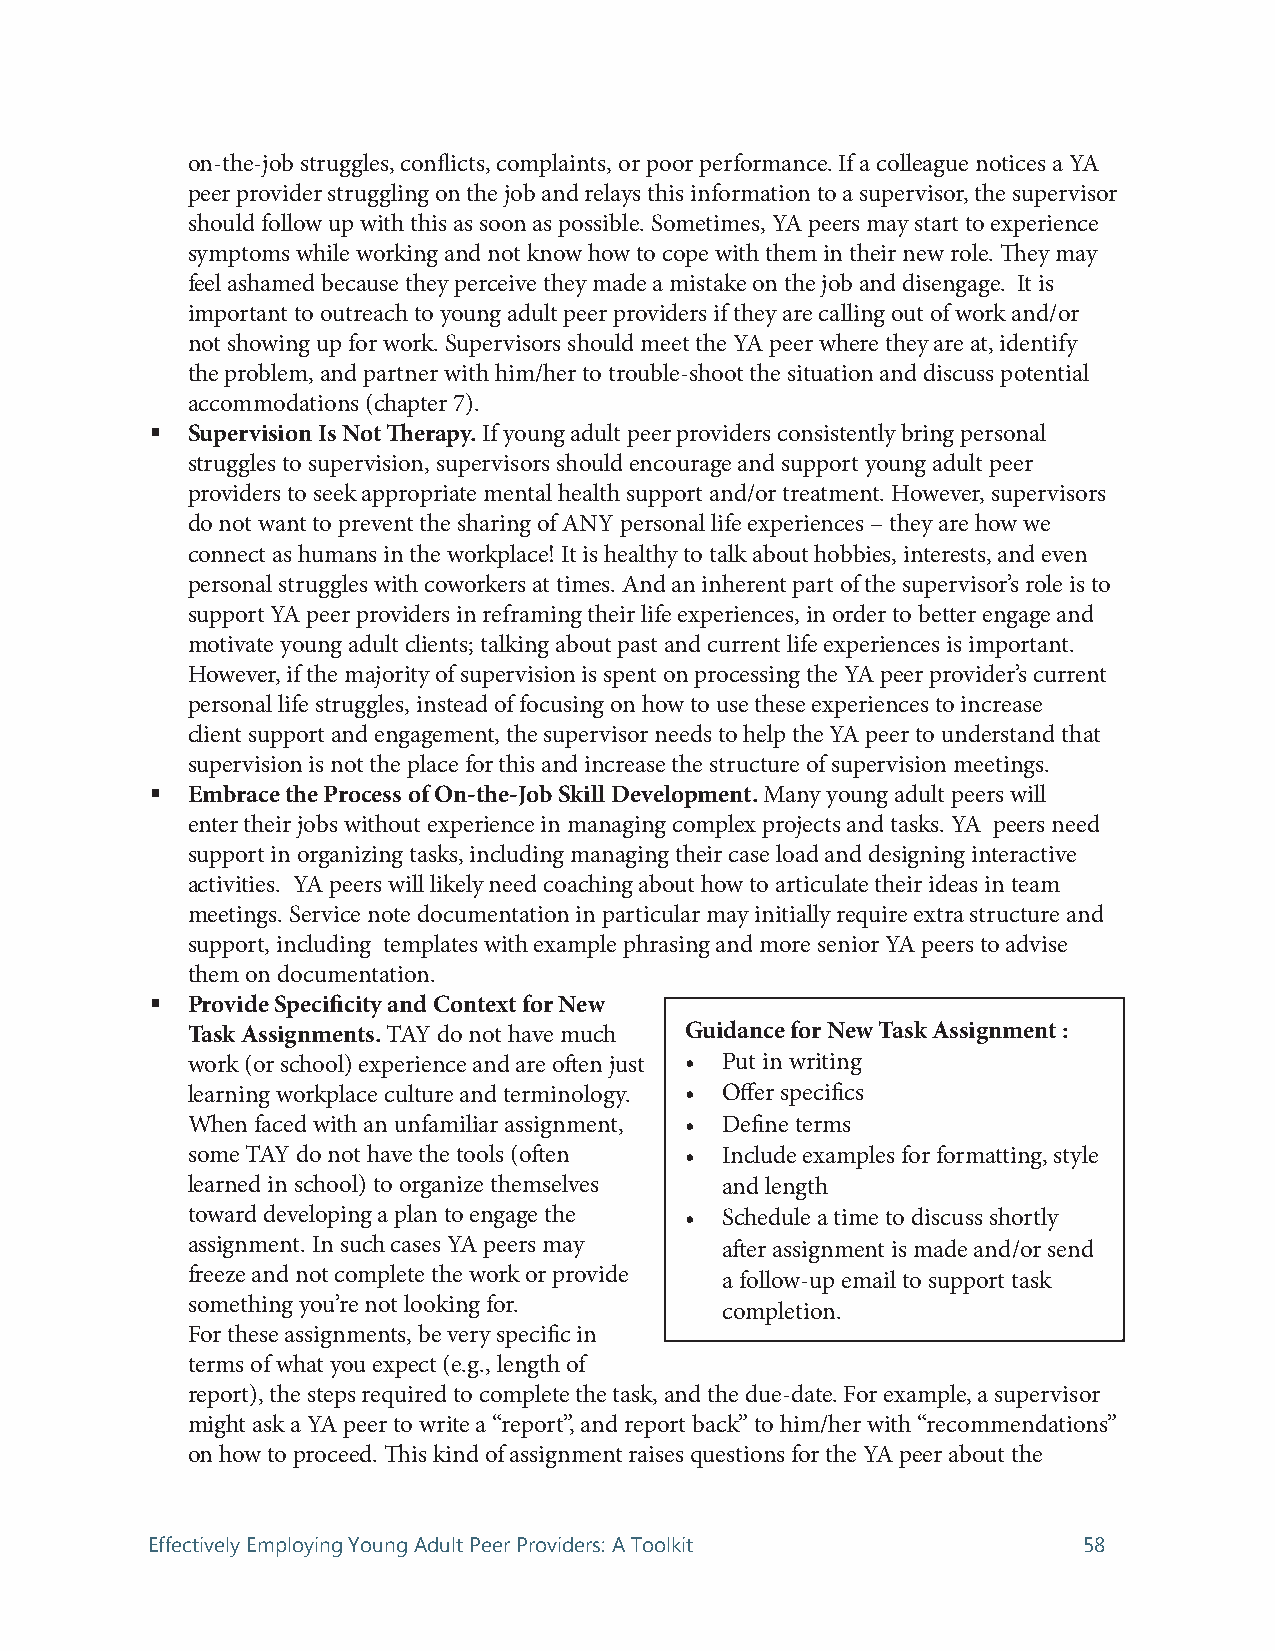
on-the-job struggles, conflicts, complaints, or poor performance. If a colleague notices a YA
 peer provider struggling on the job and relays this information to a supervisor, the supervisor
 should follow up with this as soon as possible. Sometimes, YA peers may start to experience
 symptoms while working and not know how to cope with them in their new role. They may
 feel ashamed because they perceive they made a mistake on the job and disengage. It is
 important to outreach to young adult peer providers if they are calling out of work and/or
 not showing up for work. Supervisors should meet the YA peer where they are at, identify
 the problem, and partner with him/her to trouble-shoot the situation and discuss potential
 accommodations (chapter 7).
  Supervision Is Not Therapy. If young adult peer providers consistently bring personal
 struggles to supervision, supervisors should encourage and support young adult peer
 providers to seek appropriate mental health support and/or treatment. However, supervisors
 do not want to prevent the sharing of ANY personal life experiences – they are how we
 connect as humans in the workplace! It is healthy to talk about hobbies, interests, and even
 personal struggles with coworkers at times. And an inherent part of the supervisor’s role is to
 support YA peer providers in reframing their life experiences, in order to better engage and
 motivate young adult clients; talking about past and current life experiences is important.
 However, if the majority of supervision is spent on processing the YA peer provider’s current
 personal life struggles, instead of focusing on how to use these experiences to increase
 client support and engagement, the supervisor needs to help the YA peer to understand that
 supervision is not the place for this and increase the structure of supervision meetings.
  Embrace the Process of On-the-Job Skill Development. Many young adult peers will
 enter their jobs without experience in managing complex projects and tasks. YA peers need
 support in organizing tasks, including managing their case load and designing interactive
 activities. YA peers will likely need coaching about how to articulate their ideas in team
 meetings. Service note documentation in particular may initially require extra structure and
 support, including templates with example phrasing and more senior YA peers to advise
 them on documentation.
  Provide Specificity and Context for New
 Task Assignments. TAY do not have much Guidance for New Task Assignment :
 work (or school) experience and are often just • Put in writing
 learning workplace culture and terminology. • Offer specifics
 When faced with an unfamiliar assignment, • Define terms
 some TAY do not have the tools (often • Include examples for formatting, style
 learned in school) to organize themselves and length
 toward developing a plan to engage the • Schedule a time to discuss shortly
 assignment. In such cases YA peers may after assignment is made and/or send
 freeze and not complete the work or provide a follow-up email to support task
 something you’re not looking for.
 completion.
 For these assignments, be very specific in
 terms of what you expect (e.g., length of
 report), the steps required to complete the task, and the due-date. For example, a supervisor
 might ask a YA peer to write a “report”, and report back” to him/her with “recommendations”
 on how to proceed. This kind of assignment raises questions for the YA peer about the
 Effectively Employing Young Adult Peer Providers: A Toolkit   58